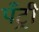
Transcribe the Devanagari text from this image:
पँट्री